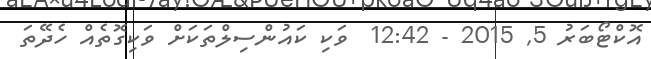
އޮކްޓޯބަރު 5